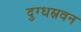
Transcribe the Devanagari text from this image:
दुग्धस्रवन